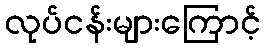
လုပ်ငန်းများကြောင့်